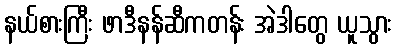
နယ်စားကြီး ဖာဒီနန်ဆီကတန်း အဲဒါတွေ ယူသွား